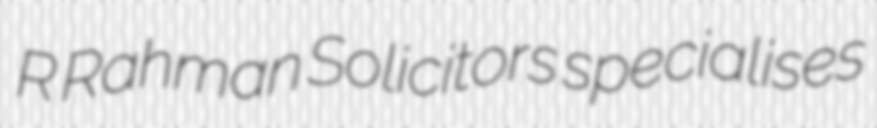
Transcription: R Rahman Solicitors specialises